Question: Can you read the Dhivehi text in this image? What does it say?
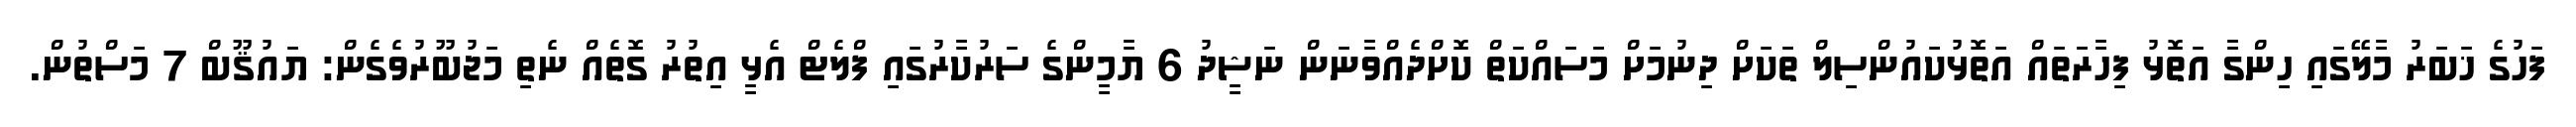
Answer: ފަހުގެ ޚަބަރު މާލޭގައި ހިންގާ އަތޮޅު ފިހާރަތައް އަތޮޅުކައުންސިލް ތަކަށް ދިނުމަށް މަސައްކަތް ކޮށްދެއްވާނަން ނަޝީދު 6 ޔާމީންގެ ސަރުކާރުގައި ފްލެޓް އެޅީ އިތުރު ގޮތެއް ނެތި މަޖުބޫރުވެގެން: ޔައުޤޫބް 7 މަސްތުން.